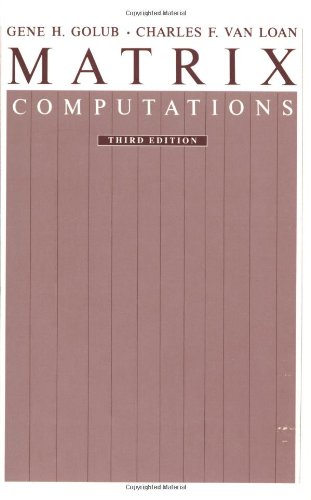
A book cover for Matrix Computations (Johns Hopkins Studies in Mathematical Sciences)(3rd Edition); Gene H. Golub; Science & Math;